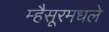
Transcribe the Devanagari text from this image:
म्हैसूरमधले